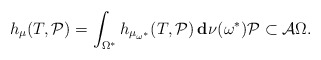
\begin{align*}h_\mu(T,\mathcal{P})=\int_{\Omega^*} h_{\mu_{\omega^\ast}}(T,\mathcal{P})\,\mathbf{d}\:\!\nu(\omega^\ast) \mathcal{P} \subset\mathcal{A} \Omega.\end{align*}